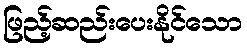
ဖြည့်ဆည်းပေးနိုင်သော